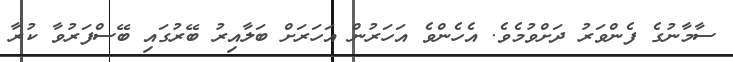
ސާމާނުގެ ފެންވަރު ދަށްވުމެވެ. އެހެންވެ އަހަރުން އަހަރަށް ބަލާއިރު ބޭރުގައި ބޭސްފަރުވާ ކުރާ